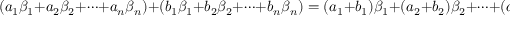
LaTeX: ( a _ { 1 } \beta _ { 1 } + a _ { 2 } \beta _ { 2 } + \cdots + a _ { n } \beta _ { n } ) + ( b _ { 1 } \beta _ { 1 } + b _ { 2 } \beta _ { 2 } + \cdots + b _ { n } \beta _ { n } ) = ( a _ { 1 } + b _ { 1 } ) \beta _ { 1 } + ( a _ { 2 } + b _ { 2 } ) \beta _ { 2 } + \cdots + ( a _ { n } + b _ { n } ) \beta _ { n }